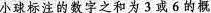
小球标注的数字之和为3或6的概